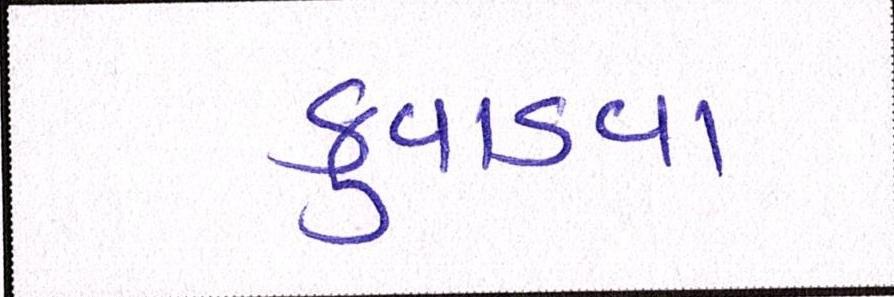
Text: કુવાડવા